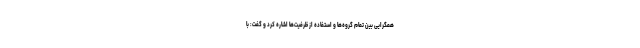
همگرایی بین تمام گروه‌ها و استفاده از ظرفیت‌ها اشاره کرد و گفت: با